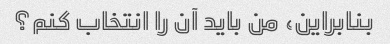
بنابراین، من باید آن را انتخاب کنم؟